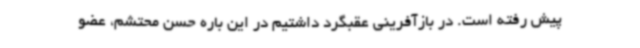
پیش رفته است. در بازآفرینی عقبگرد داشتیم در این باره حسن محتشم، عضو